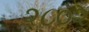
૨૮૦૨